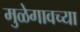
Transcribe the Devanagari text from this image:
मुळेगावच्या